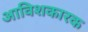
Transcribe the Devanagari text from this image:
आविशकारक